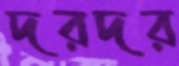
দরদর